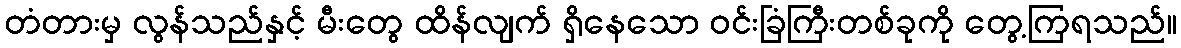
တံတားမှ လွန်သည်နှင့် မီးတွေ ထိန်လျက် ရှိနေသော ဝင်းခြံကြီးတစ်ခုကို တွေ့ကြရသည်။